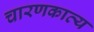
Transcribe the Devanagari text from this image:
चारणकाव्य